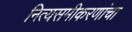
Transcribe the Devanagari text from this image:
नित्यसमीकरणांचा